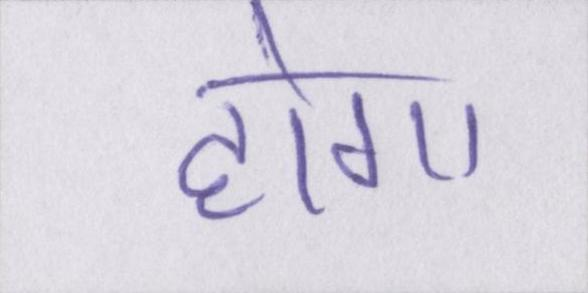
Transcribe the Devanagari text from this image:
होगा